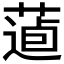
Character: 𦷿